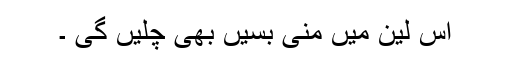
اس لین میں منی بسیں بھی چلیں گی ۔